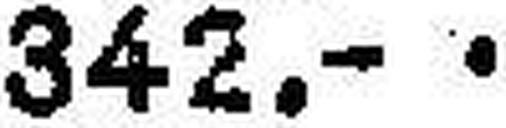
342.—